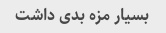
بسیار مزه بدی داشت